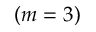
( m = 3 )